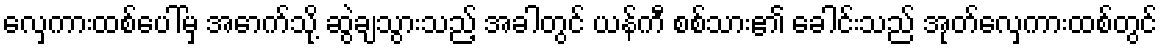
လှေကားထစ်ပေါ်မှ အောက်သို့ ဆွဲချသွားသည့် အခါတွင် ယန်ကီ စစ်သား၏ ခေါင်းသည် အုတ်လှေကားထစ်တွင်